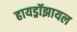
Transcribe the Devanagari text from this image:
हायड्रॉझायल